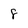
Character: 8